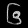
Digit: ၆